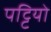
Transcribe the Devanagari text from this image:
पट्टियो